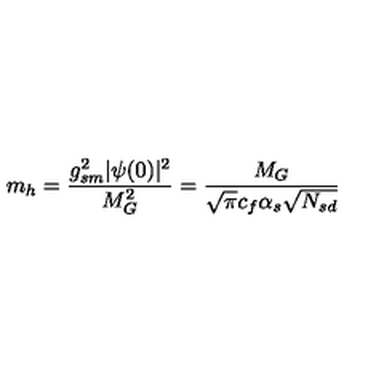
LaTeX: m _ { h } = \frac { g _ { s m } ^ { 2 } | \psi ( 0 ) | ^ { 2 } } { M _ { G } ^ { 2 } } = \frac { M _ { G } } { \sqrt { \pi } c _ { f } \alpha _ { s } \sqrt { N _ { s d } } }